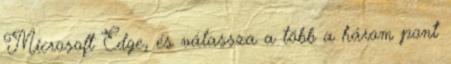
Microsoft Edge, és válassza a több a három pont